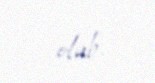
olub.